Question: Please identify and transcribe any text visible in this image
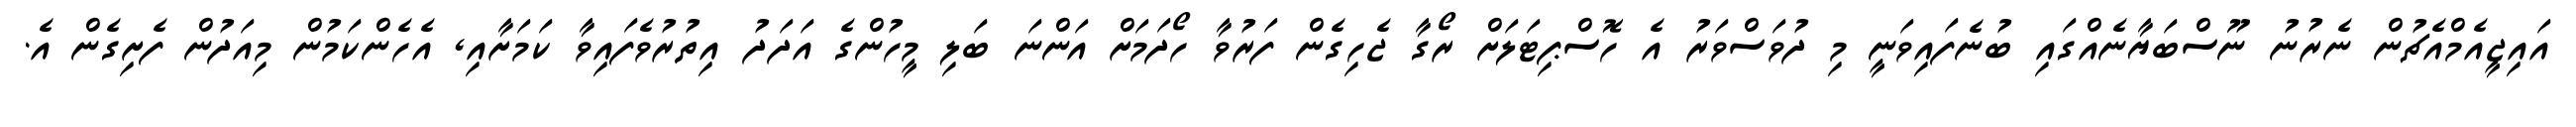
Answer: އައިޖީއެމްއެޗުން ނެރުނު ނޫސްބަޔާނެއްގައި ބުނެފައިވަނީ މި ދުވަސްވަރު އެ ހޮސްޕިޓަލަށް ރޯގާ ޖެހިގެން ފަރުވާ ހޯދަމަށް އަންނަ ބަލި މީހުންގެ އަދަދު އިތުރުވެފައިވާ ކަމަށާއި, އެހެންކަމުން މިއަދުން ފެށިގެން އެ.